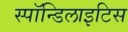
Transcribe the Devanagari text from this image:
स्पॉन्डिलाइटिस